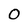
Character: 0